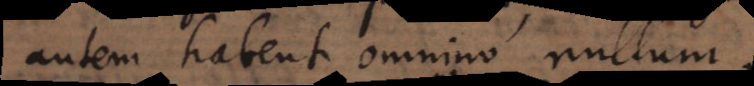
autem habent omnino nullum.